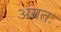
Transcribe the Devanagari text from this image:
अग्रतः